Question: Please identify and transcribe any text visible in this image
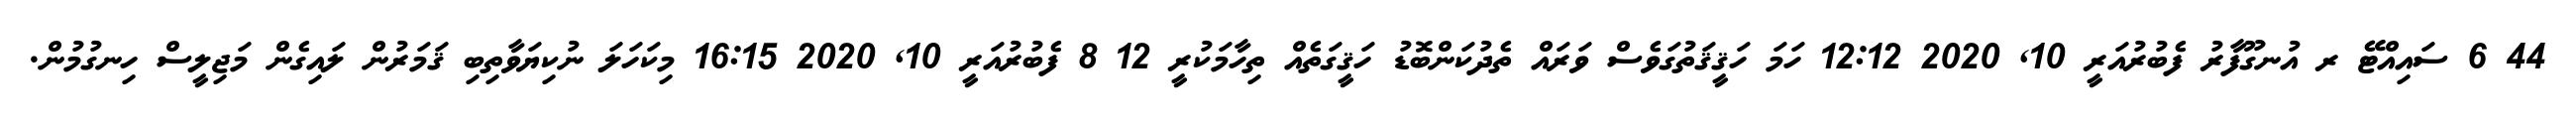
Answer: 44 6 ސައިއްޓޭ ރ އުނގޫފާރު ފެބުރުއަރީ 10, 2020 12:12 ހަމަ ހަޤީޤަތުގަވެސް ވަރައް ތެދުކަންބޮޑު ހަޤީގަތެއް ތިހާމަކުރީ 12 8 ފެބުރުއަރީ 10, 2020 16:15 މިކަހަލަ ނުކިޔަވާތިބި ޤަމަރުން ލައިގެން މަޖިލީސް ހިނގުމުން.